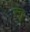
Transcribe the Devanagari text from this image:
स्‍तॄ